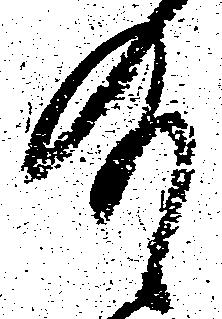
有